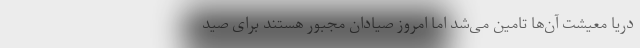
دریا معیشت آن‌ها تامین می‌شد اما امروز صیادان مجبور هستند برای صید